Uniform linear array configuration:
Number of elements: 4
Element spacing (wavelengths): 0.5
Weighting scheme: kaiser
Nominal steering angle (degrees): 60
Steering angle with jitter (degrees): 60.538
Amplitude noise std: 0.05
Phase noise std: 0.05

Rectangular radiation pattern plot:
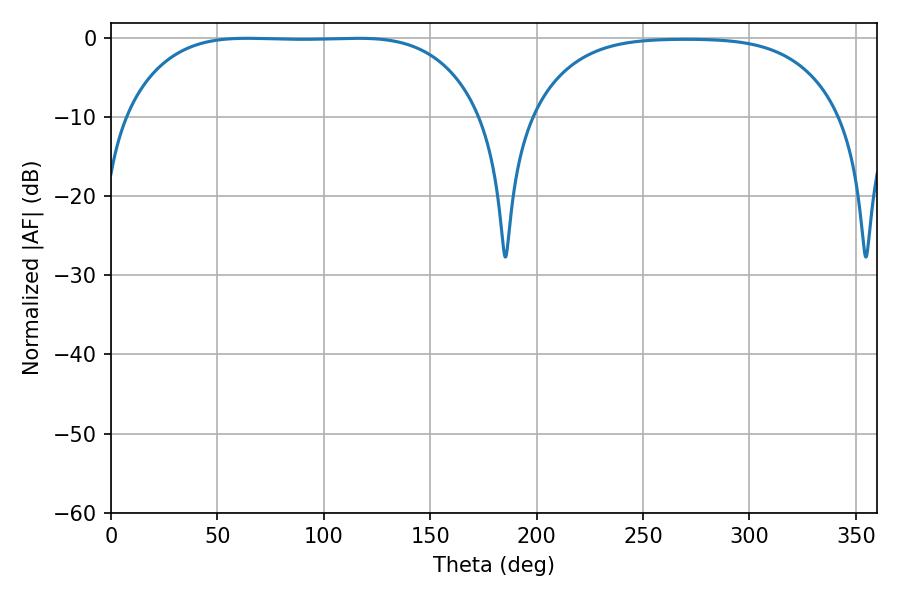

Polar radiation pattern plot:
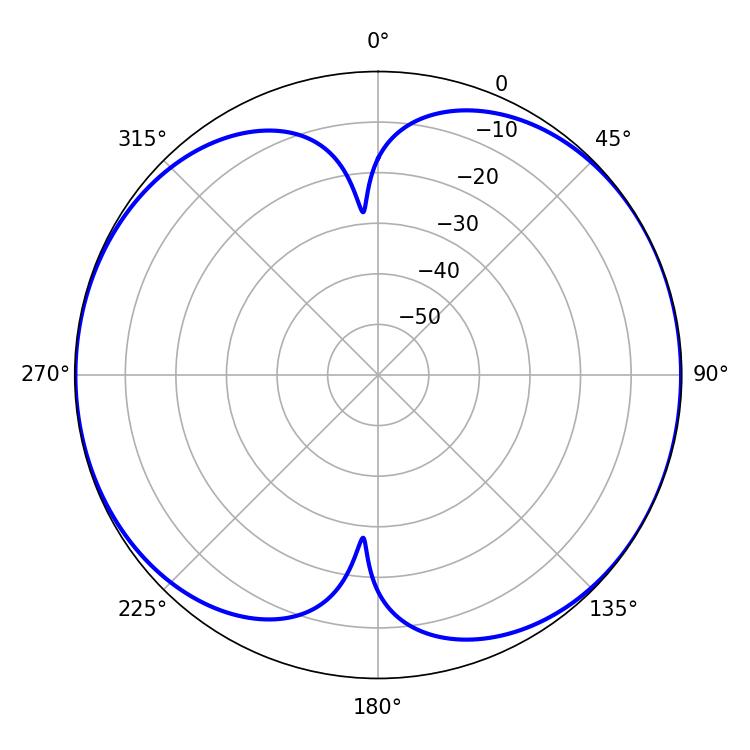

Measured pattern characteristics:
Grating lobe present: FALSE
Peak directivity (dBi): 8.414
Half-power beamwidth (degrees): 129.24
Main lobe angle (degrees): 64.08